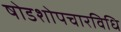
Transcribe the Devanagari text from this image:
षोडशोपचारविधि